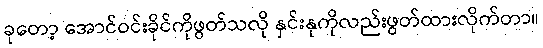
ခုတော့ အောင်ဝင်းခိုင်ကိုဖွတ်သလို နှင်းနုကိုလည်းဖွတ်ထားလိုက်တာ။